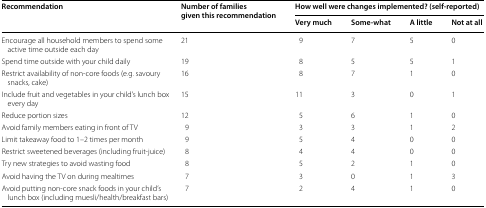
<table><thead><tr><td rowspan="2"><b>Recommendation</b></td><td rowspan="2"><b>Number of families given this recommendation</b></td><td colspan="4"><b>How well were changes implemented? (self-reported)</b></td></tr><tr><td><b>Very much</b></td><td><b>Some-what</b></td><td><b>A little</b></td><td><b>Not at all</b></td></tr></thead><tbody><tr><td>Encourage all household members to spend some active time outside each day</td><td>21</td><td>9</td><td>7</td><td>5</td><td>0</td></tr><tr><td>Spend time outside with your child daily</td><td>19</td><td>8</td><td>5</td><td>5</td><td>1</td></tr><tr><td>Restrict availability of non-core foods (e.g. savoury snacks, cake)</td><td>16</td><td>8</td><td>7</td><td>1</td><td>0</td></tr><tr><td>Include fruit and vegetables in your child’s lunch box every day</td><td>15</td><td>11</td><td>3</td><td>0</td><td>1</td></tr><tr><td>Reduce portion sizes</td><td>12</td><td>5</td><td>6</td><td>1</td><td>0</td></tr><tr><td>Avoid family members eating in front of TV</td><td>9</td><td>3</td><td>3</td><td>1</td><td>2</td></tr><tr><td>Limit takeaway food to 1–2 times per month</td><td>9</td><td>5</td><td>4</td><td>0</td><td>0</td></tr><tr><td>Restrict sweetened beverages (including fruit-juice)</td><td>8</td><td>4</td><td>4</td><td>0</td><td>0</td></tr><tr><td>Try new strategies to avoid wasting food</td><td>8</td><td>5</td><td>2</td><td>1</td><td>0</td></tr><tr><td>Avoid having the TV on during mealtimes</td><td>7</td><td>3</td><td>0</td><td>1</td><td>3</td></tr><tr><td>Avoid putting non-core snack foods in your child’s lunch box (including muesli/health/breakfast bars)</td><td>7</td><td>2</td><td>4</td><td>1</td><td>0</td></tr></tbody></table>